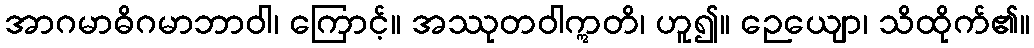
အာဂမာဓိဂမာဘာဝါ၊ ကြောင့်။ အဿုတဝါဣတိ၊ ဟူ၍။ ဉေယျော၊ သိထိုက်၏။